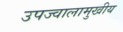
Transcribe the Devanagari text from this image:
उपज्वालामुखीय